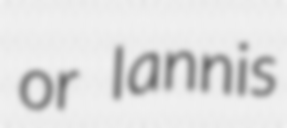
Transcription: or Iannis